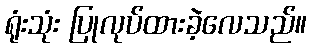
ရုံးသုံး ပြုလုပ်ထားခဲ့လေသည်။